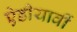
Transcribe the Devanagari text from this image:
ऐडीयार्वी